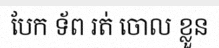
បែក ទ័ព រត់ ចោល ខ្លួន